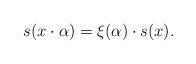
LaTeX: \begin{align*}s (x \cdot \alpha ) = \xi (\alpha) \cdot s(x). \end{align*}